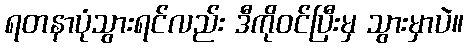
ရတနာပုံသွားရင်လည်း ဒီကိုဝင်ပြီးမှ သွားမှာပဲ။